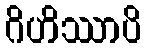
ဂိဟိဿာပိ